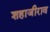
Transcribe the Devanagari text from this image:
शहाजीराव